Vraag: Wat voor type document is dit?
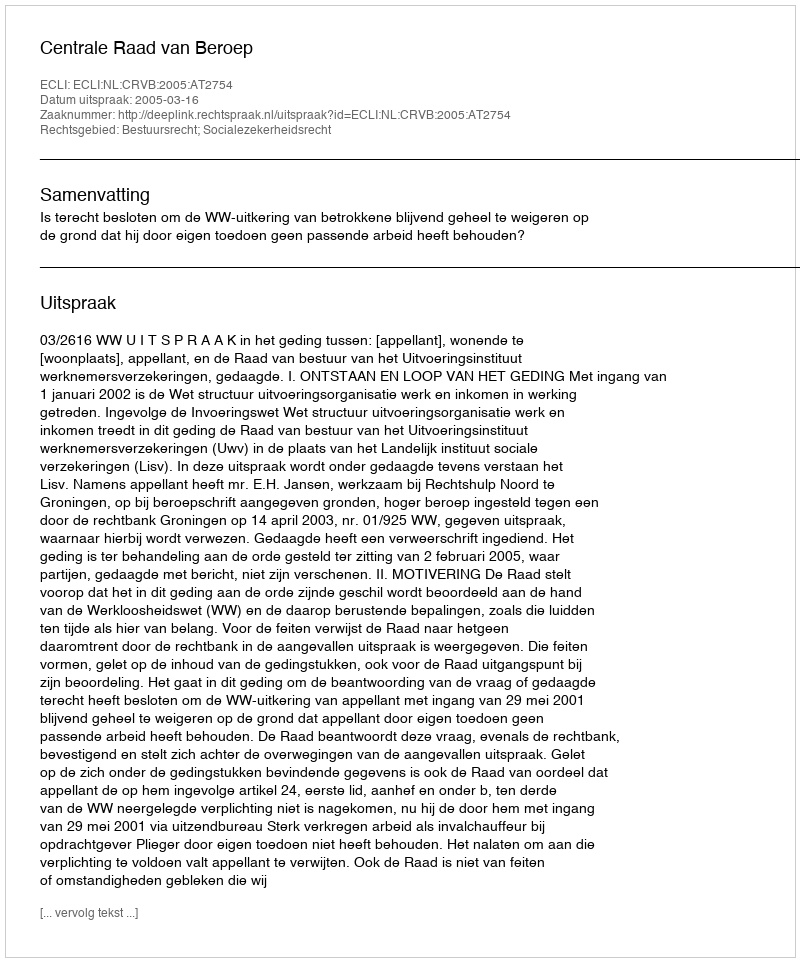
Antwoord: Uitspraak